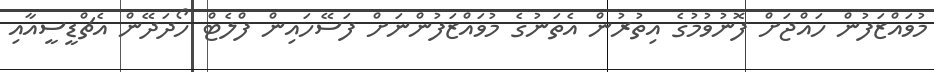
މުވައްޒަފުން ހައްޖަށް ފޮނުވުމުގެ އިތުރުން އެތަނުގެ މުވައްޒަފުންނަށް ފަސޭހައިން ފްލެޓް ހޯދަދޭން އެޗްޑީސީއާއި